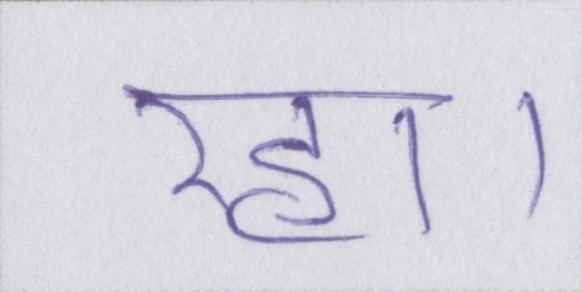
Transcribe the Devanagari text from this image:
रहा।